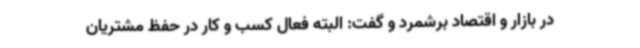
در بازار و اقتصاد برشمرد و گفت: البته فعال کسب و کار در حفظ مشتریان